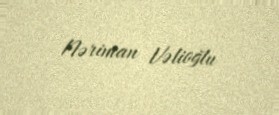
Nəriman Vəlioğlu